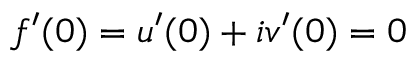
f ^ { \prime } ( 0 ) = u ^ { \prime } ( 0 ) + i v ^ { \prime } ( 0 ) = 0